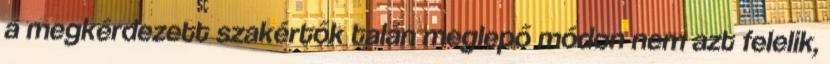
a megkérdezett szakértők talán meglepő módon nem azt felelik,